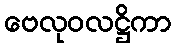
ဗေလုဝလဋ္ဌိကာ